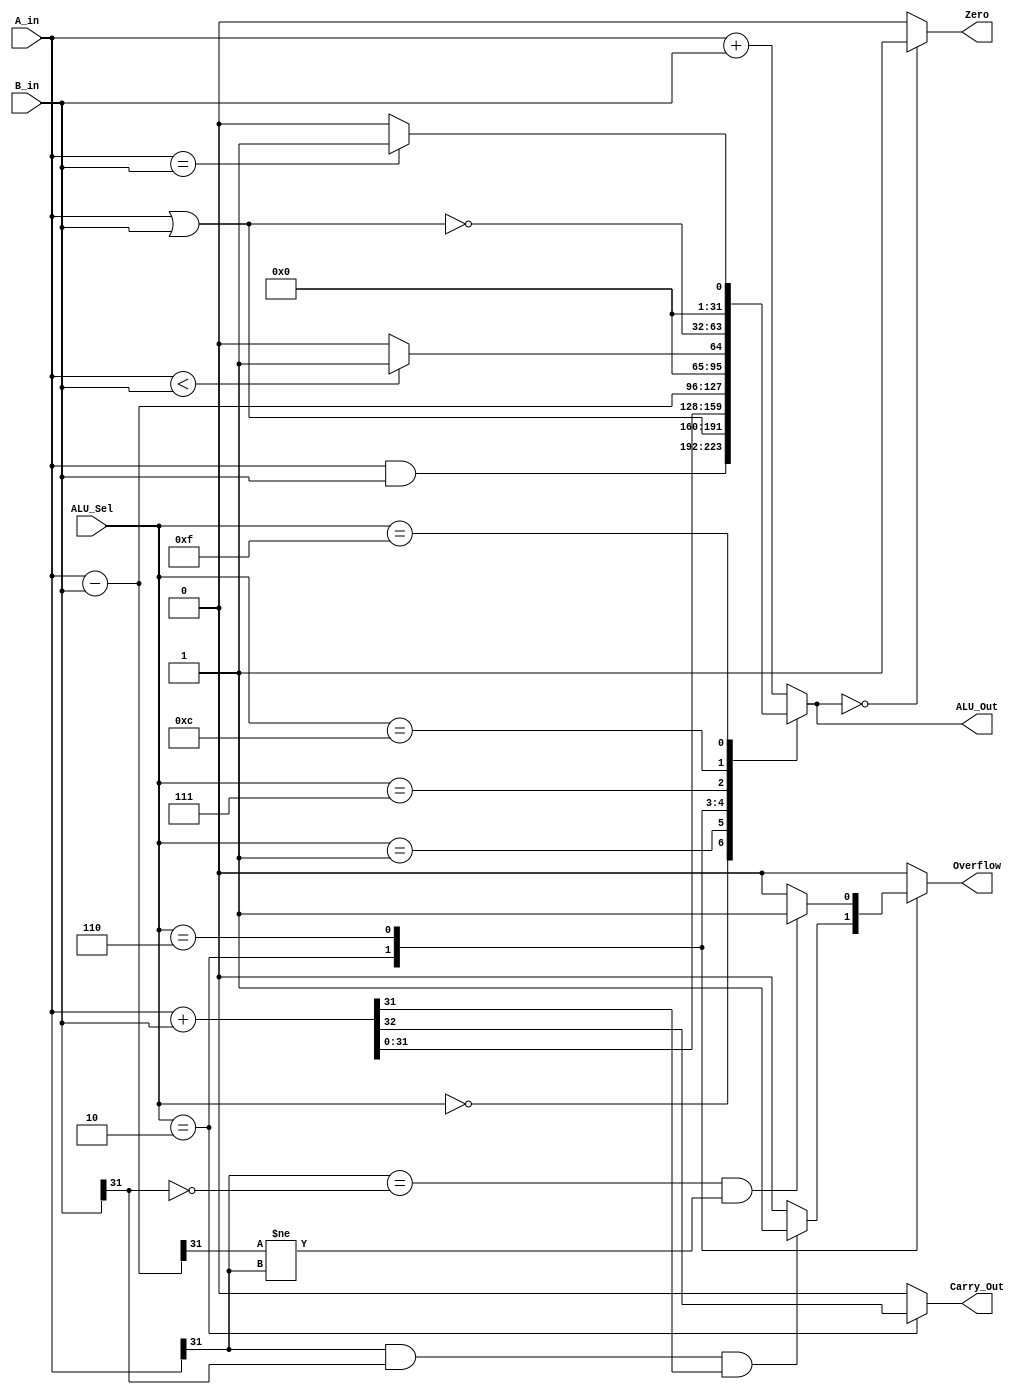
`timescale 1ns / 1ps
//////////////////////////////////////////////////////////////////////////////////
// Company: UC Irvine
// 
// Design Name: 32 Bit Arithmetic Logic Unit
// Module Name: alu_32
// Project Name: 32 Bit Arithmetic Logic Unit
// Target Devices: 
// Tool Versions: 
// Description: 32 Bit ALU that does several operations including
// ADD, SUBTRACT, AND, OR, NOR, LESS THEN, EQUAL TO
// 
// Dependencies: 
// 
// Revision:
// Revision 0.01 - File Created
// Additional Comments:
// 
//////////////////////////////////////////////////////////////////////////////////

// Module Definition
module alu_32(A_in, B_in, ALU_Sel, ALU_Out, Carry_Out, Zero, Overflow);
//Defining I/O Ports
    input       [31:0] A_in, B_in;
    input       [3:0]  ALU_Sel;
    output reg  [31:0] ALU_Out;
    output reg  Carry_Out;
    output      Zero;
    output reg  Overflow;
//Describe ALU Behaviour
    assign Zero = (ALU_Out == 32'b0) ? 1'b1: 1'b0;
    always @(*)
     begin
     Carry_Out = 0;
     Overflow = 0;
        case(ALU_Sel)
            //AND
            4'b0000: 
                begin
                ALU_Out = A_in & B_in;
                end
            //OR
            4'b0001: 
                begin
                ALU_Out = A_in | B_in;
                end
            //ADD
            4'b0010: 
                begin 
                {Carry_Out, ALU_Out} = $signed(A_in) + $signed(B_in);
                {Overflow} = (( A_in [31] & B_in [31] & ALU_Out [31]) | A_in [31] & B_in [31] & ALU_Out [31]) ? 1'b1 : 1'b0;
                end
            //SUB
            4'b0110: 
                begin
                {ALU_Out} = $signed(A_in) - $signed(B_in);
                {Overflow} = (A_in[31] == ~B_in[31]) && (ALU_Out[31] != (A_in[31])) ? 1'b1 : 1'b0; 
                end
            //Set less than
            4'b0111: 
                begin
                ALU_Out = ($signed(A_in) < $signed(B_in)) ? 32'd1: 32'd0;
                end
            //NOR
            4'b1100:
                begin 
                ALU_Out = ~(A_in | B_in);
                end
            //Equal Comparison
            4'b1111: 
                begin
                ALU_Out = A_in == B_in ? 32'd1: 32'd0;
                end 
            default: ALU_Out = A_in + B_in ;
         endcase
     end
endmodule